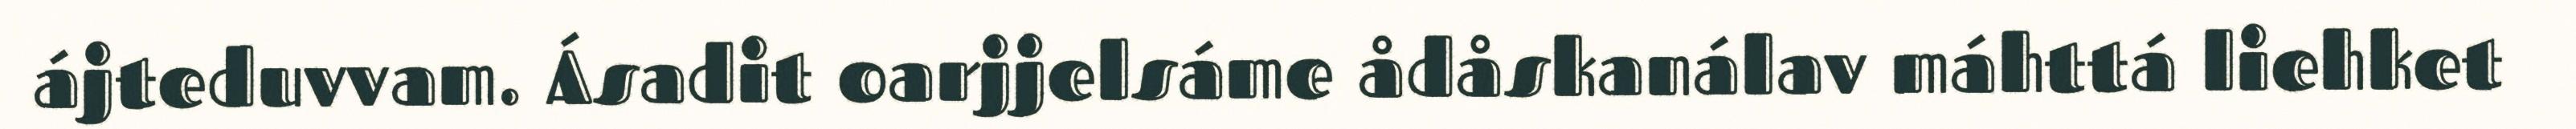
ájteduvvam. Ásadit oarjjelsáme ådåskanálav máhttá liehket